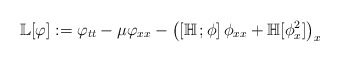
\begin{align*}\mathbb L[\varphi]:=\varphi_{tt}-\mu\varphi_{xx}-\left( \left[\mathbb H \,;\phi\right]\phi_{xx} + \mathbb H[\phi^2_x] \right)_{x}\,\end{align*}